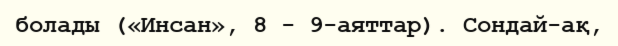
болады («Инсан», 8 - 9-аяттар). Сондай-ақ,